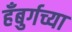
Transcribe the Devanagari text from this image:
हँबुर्गच्या